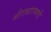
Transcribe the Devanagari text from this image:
श्रीराधारमणी